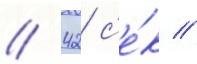
// 42 с'е́к //